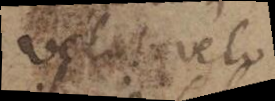
velut velo.